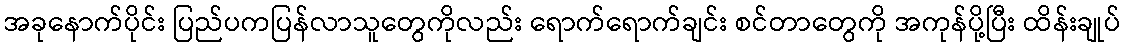
အခုနောက်ပိုင်း ပြည်ပကပြန်လာသူတွေကိုလည်း ရောက်ရောက်ချင်း စင်တာတွေကို အကုန်ပို့ပြီး ထိန်းချုပ်